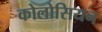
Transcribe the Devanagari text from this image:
कोलोसियन